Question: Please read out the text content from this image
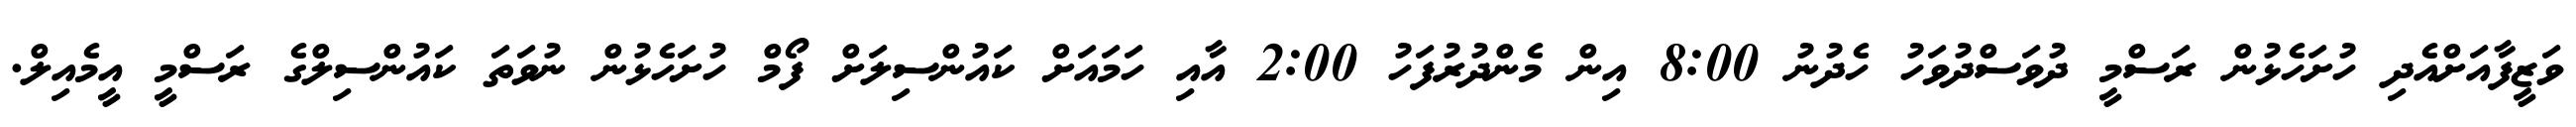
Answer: ވަޒީފާއަށްއެދި ހުށަހެޅުން ރަސްމީ ދުވަސްދުވަހު ހެދުނު 8:00 އިން މެންދުރުފަހު 2:00 އާއި ހަމައަށް ކައުންސިލަށް ފޯމް ހުށަހެޅުން ނުވަތަ ކައުންސިލްގެ ރަސްމީ އީމެއިލް.